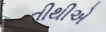
તીથીએ